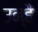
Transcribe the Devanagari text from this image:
उन्हैं